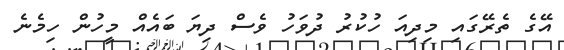
އޭގެ ތެރޭގައި މިދިއަ ހުކުރު ދުވަހު ވެސް ދިޔަ ބައެއް މީހުން ހިމެނެ